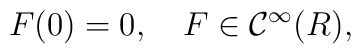
F(0)=0,\quad F\in{\mathcal C}^{\infty}(R),